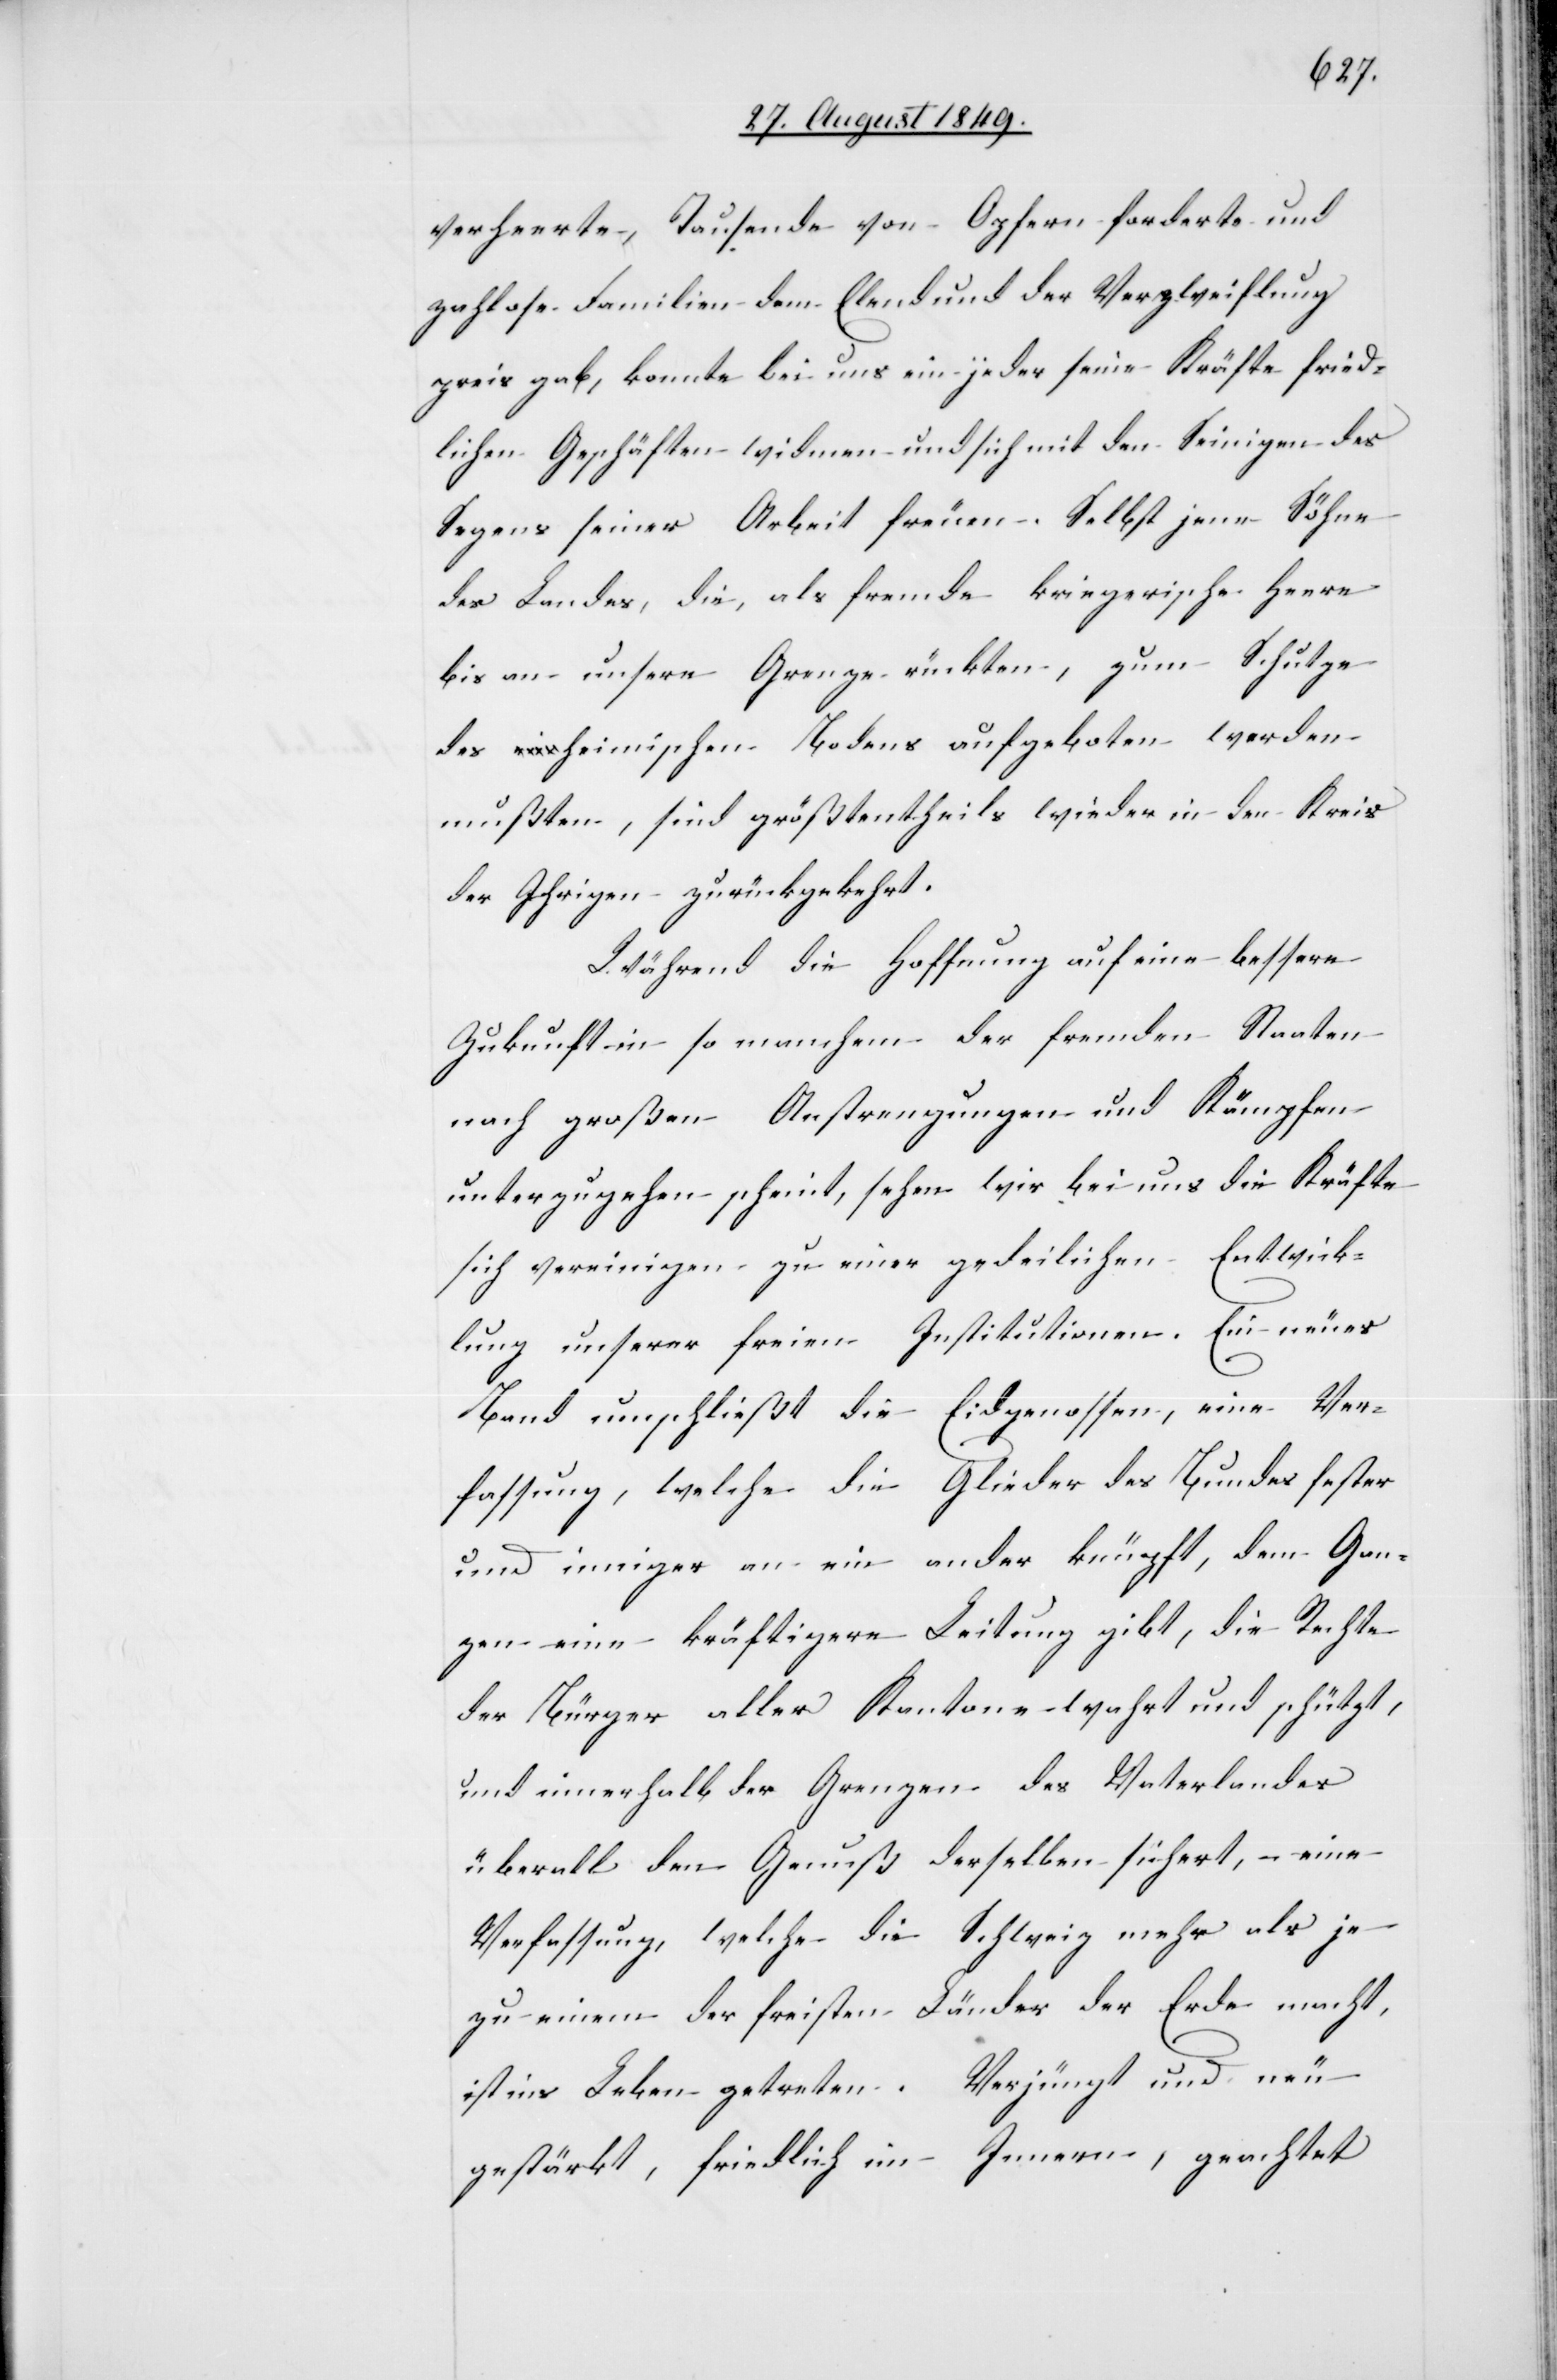
verheerte, Tausende von Opfern forderte und
zahlose Familien dem Elend und der Verzweiflung
preis gab, konnte bei uns ein jeder seine Kräfte fried¬
lichen Geschäften widmen und sich mit den Seinigen des
Segens seiner Arbeit freuen. Selbst jene Söhne
des Landes, die, als fremde kriegerische Heere
bis an unsere Grenze rückten, zum Schutze
des heimischen Bodens aufgeboten werden
mußten, sind größtentheils wieder in den Kreis
der Ihrigen zurückgekehrt.
Während die Hoffnung auf eine bessere
Zukunft in so manchem der fremden Staaten
nach großen Anstrengungen und Kämpfen
unterzugehen scheint, sehen wir bei uns die Kräfte
sich vereinigen zu einer gedeilichen Entwick¬
lung unserer freien Institutionen. Ein neues
Band umschließt die Eidgenossen, eine Ver¬
fassung, welche die Glieder des Bundes fester
und inniger an ein ander knüpft, dem Gan¬
zen eine kräftigere Leitung gibt, die Rechte
der Bürger aller Kantone wahrt und schützt,
und innerhalb der Grenzen des Vaterlandes
überall den Genuß derselben sichert, eine
Verfassung, welche die Schweiz mehr als je
zu einem der freisten Länder der Erde macht,
ist ins Leben getreten. Verjüngt und neu
gestärkt, friedlich im Innern, geachtet